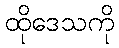
ထိုဒေသကို